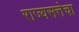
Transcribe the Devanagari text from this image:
राज्यसत्तेचा